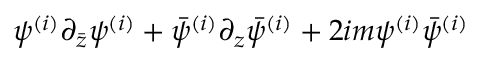
\psi ^ { ( i ) } \partial _ { \bar { z } } \psi ^ { ( i ) } + \bar { \psi } ^ { ( i ) } \partial _ { z } \bar { \psi } ^ { ( i ) } + 2 i m \psi ^ { ( i ) } \bar { \psi } ^ { ( i ) }